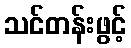
သင်တန်းဖွင့်